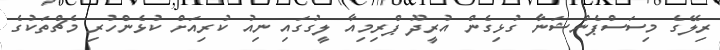
ރިލޭގެ މިސަސްޕެންޝަނާ ގުޅިގެން އުރީދޫ ޕްރިމިއާ ލީގުގައި ނިއު ކުރިއަށް ކުޅެންހުރި މެޗްތަކުގެ